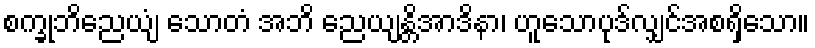
စက္ခုဘိညေယျံ သောတံ အဘိ ညေယျန္တိအာဒိနာ၊ ဟူသောပုဒ်လျှင်အစရှိသော။